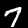
Label: 7